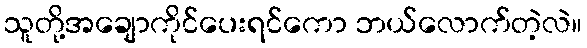
သူတို့အချောကိုင်ပေးရင်ကော ဘယ်လောက်တဲ့လဲ။